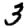
Digit: 3